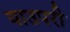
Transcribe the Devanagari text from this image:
याउपरी